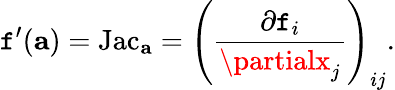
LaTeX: \mathtt{f}^{\prime}(\mathbf{{a}})=\operatorname{Jac}_{\mathbf{{a}}}=\left({\frac{{\partial\mathtt{f}_{i}}}{{\partialx_{j}}}}\right)_{ij}.